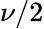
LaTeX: \nu/2